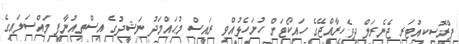
ޕްރޮސިކިއުޓަރ ޖެނެރަލް ދިވެހިރާއްޖޭގެ ހައިކޯޓަށް ހުށަހެޅުއްވި ރައީސް މުޙައްމަދު ނަޝީދުގެ އިސްތިއުނާފީ މައްސަލައިގެ